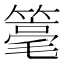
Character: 𱸡